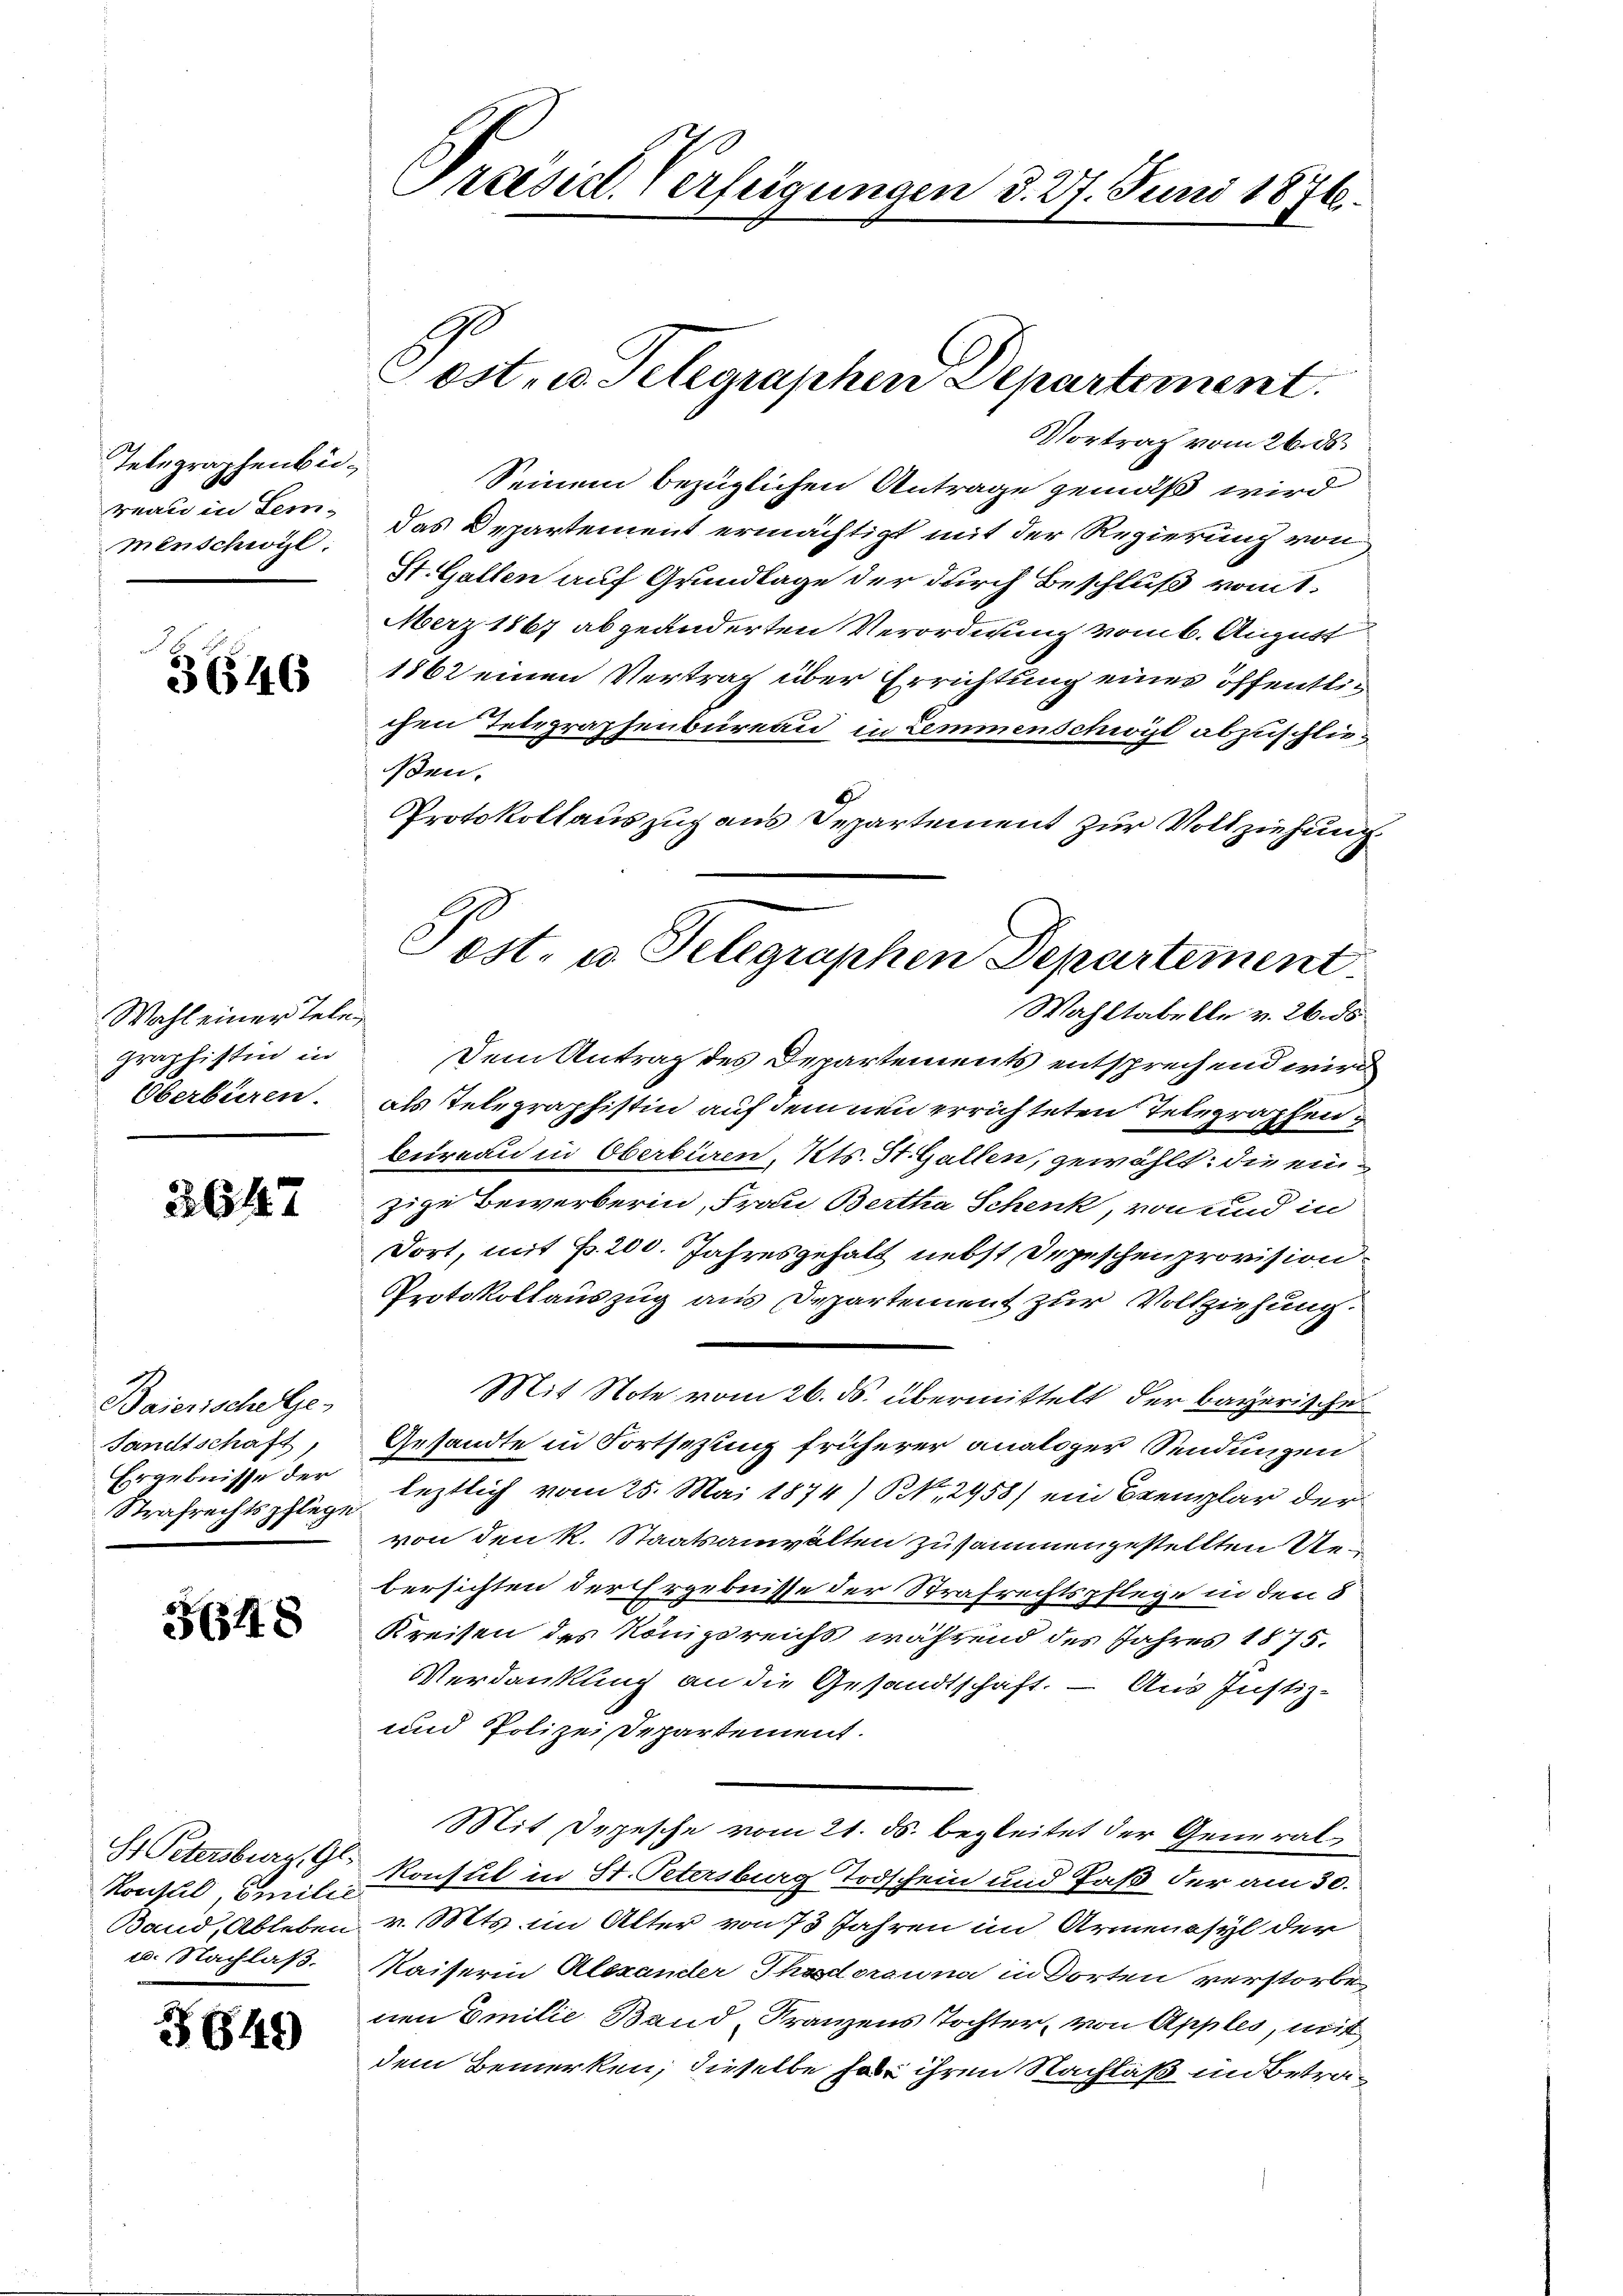
Telegraphenbereau in Lem-
menschwyl

3646

Wahl einer Telegraphistin in

3647

Baierische ge
Sandtschaft,
Ergebnisse der
Strafrechtspflege

5648

St Petersburg, Gl.
Konstil Emilie
Band, Ableben

3649

Praesich Verfügungen d. 27. Juni 1876.

Vortrag vom 26. ds.
Seinem bezüglichen Antrage gemäß wird
das Departement ermächtigt mit der Regierung von
St. Gallen auf Grundlage der durch Beschluß vom 1.
Merz 1867 abgeänderten Verordnung vom 6. August
1862 einen Vertrag über Errichtung eines öffentlichen Telegraphenbüreau in Lemmenschwort abzuschließen.
Protokollauszug aus Departement zur Vollziehung
Wahltabelle v. 26. ds
Dem Antrag des Departements entsprechend wird
Oberbüren, als Telegraphistin auf dem neu errichteten Telegraphen
bureau in Oberbüren, Kts. St. Gallen, gewählt: die einzige Bewerberin, Frau Bertha Schenk, von und in
dort, mit B. 200. Jahresgehalt nebst Depeschenprovision
Protokollauszug aus Departement zur Vollziehung.
Mit Note vom 26. ds. übermittelt der Bayerische
Gesandte in Fortsezung früherer analoger Sendungen
leztlich vom 25. Mai 1874), 2958) ein Exemplar der
von den k. Staatsanwalten zusammengestellten Uebersichten der Ergebnisse der Strafrechtspflege in den 8
Kreisen des Königsreichs während des Jahres 1875.
Verdankung an die Gesandtschaft. – Aus Justiz-
und Polizeidepartement.
Mit Depesche vom 21. ds. begleitet der Generalkonsul in St. Petersburg Todschein und Paß der am 30.
v. Mts. im Alter von 73 Jahren im Armenasyl der
u. Nachlaß. Kaiserin Alexander Theodorouna in Dorten verstorbenen Emilie Band Franzens Tochter, von Apples, mit
dem Bemerken, dieselbe habe ihren Nachlaß in Betra¬

Post, u. Telegraphen Departement.

Post- u. Telegraphen Departement